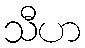
သီဟ